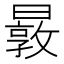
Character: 𰖬